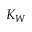
K _ { W }